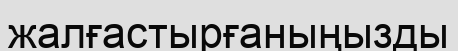
жалғастырғаныңызды